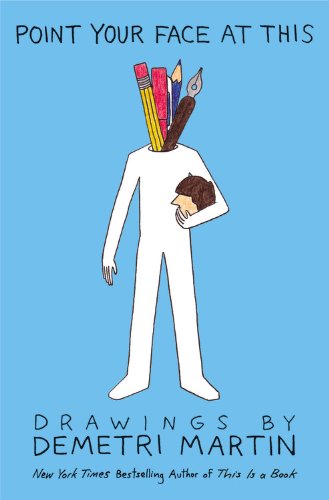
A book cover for Point Your Face at This: Drawings; Demetri Martin; Humor & Entertainment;